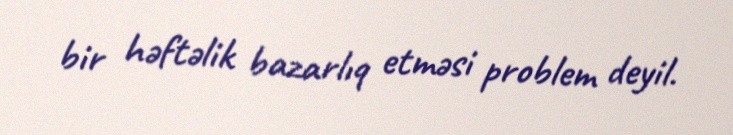
bir həftəlik bazarlıq etməsi problem deyil.